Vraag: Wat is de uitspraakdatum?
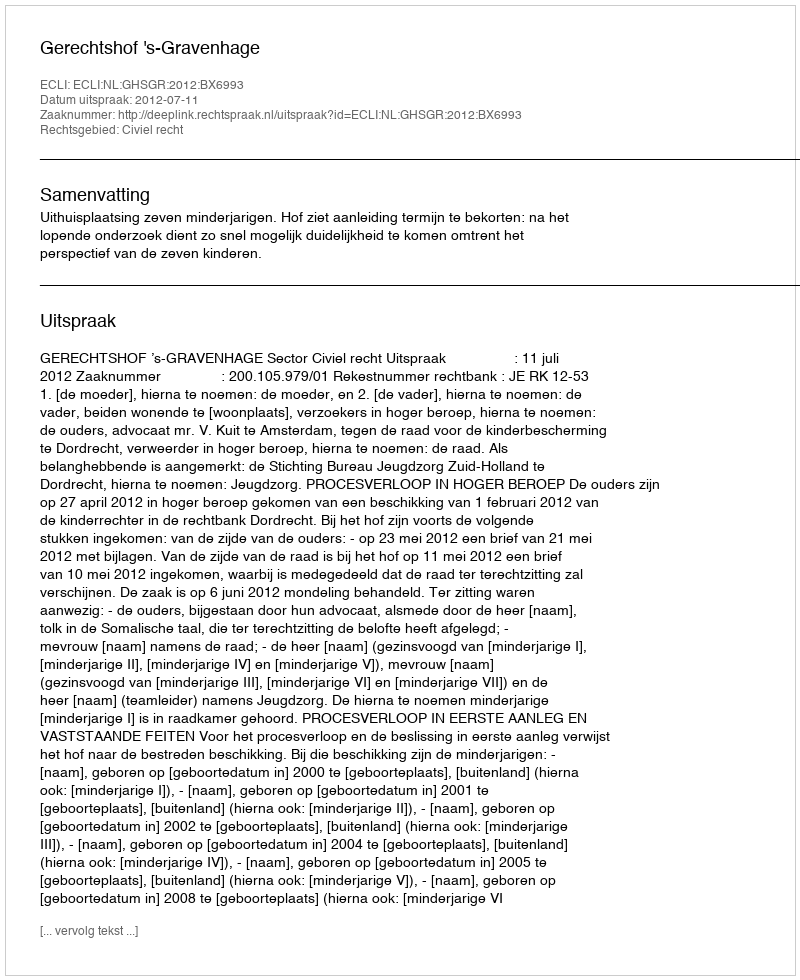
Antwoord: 2012-07-11